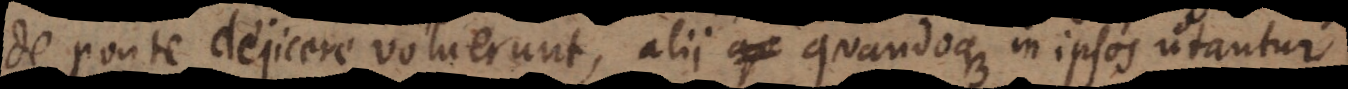
de ponte dejicere voluerunt, alii quandoque in ipsos utantur.